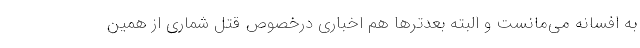
به افسانه می‌مانست و البته بعدترها هم اخباری درخصوص قتل شماری از همین